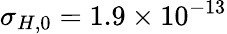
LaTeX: \sigma_{H,0}=1.9\times 10^{-13}